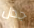
جدال